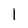
Character: 1